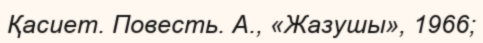
Қасиет. Повесть. А., «Жазушы», 1966;